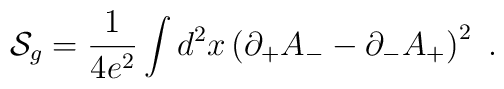
{\cal S}_{g}={1\over {4e^{2}}}\int d^{2}x \left(\partial_{+}A_{-}-\partial_{-}A_{+}\right)^{2}\,\,.